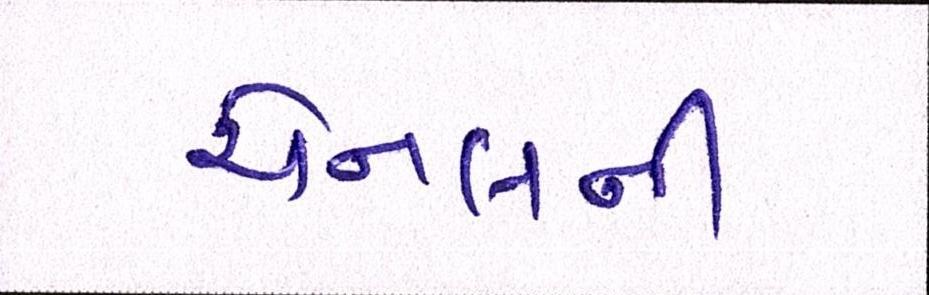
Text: ચેનલની